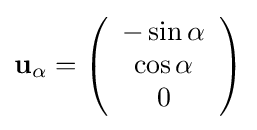
\mathbf {u} _{\alpha }=\left({\begin{array}{c}-\sin \alpha \\\cos \alpha \\0\end{array}}\right)